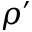
\rho ^ { \prime }